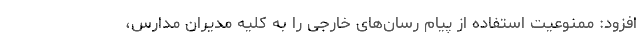
افزود: ممنوعیت استفاده از پیام رسان‌های خارجی را به کلیه مدیران مدارس،